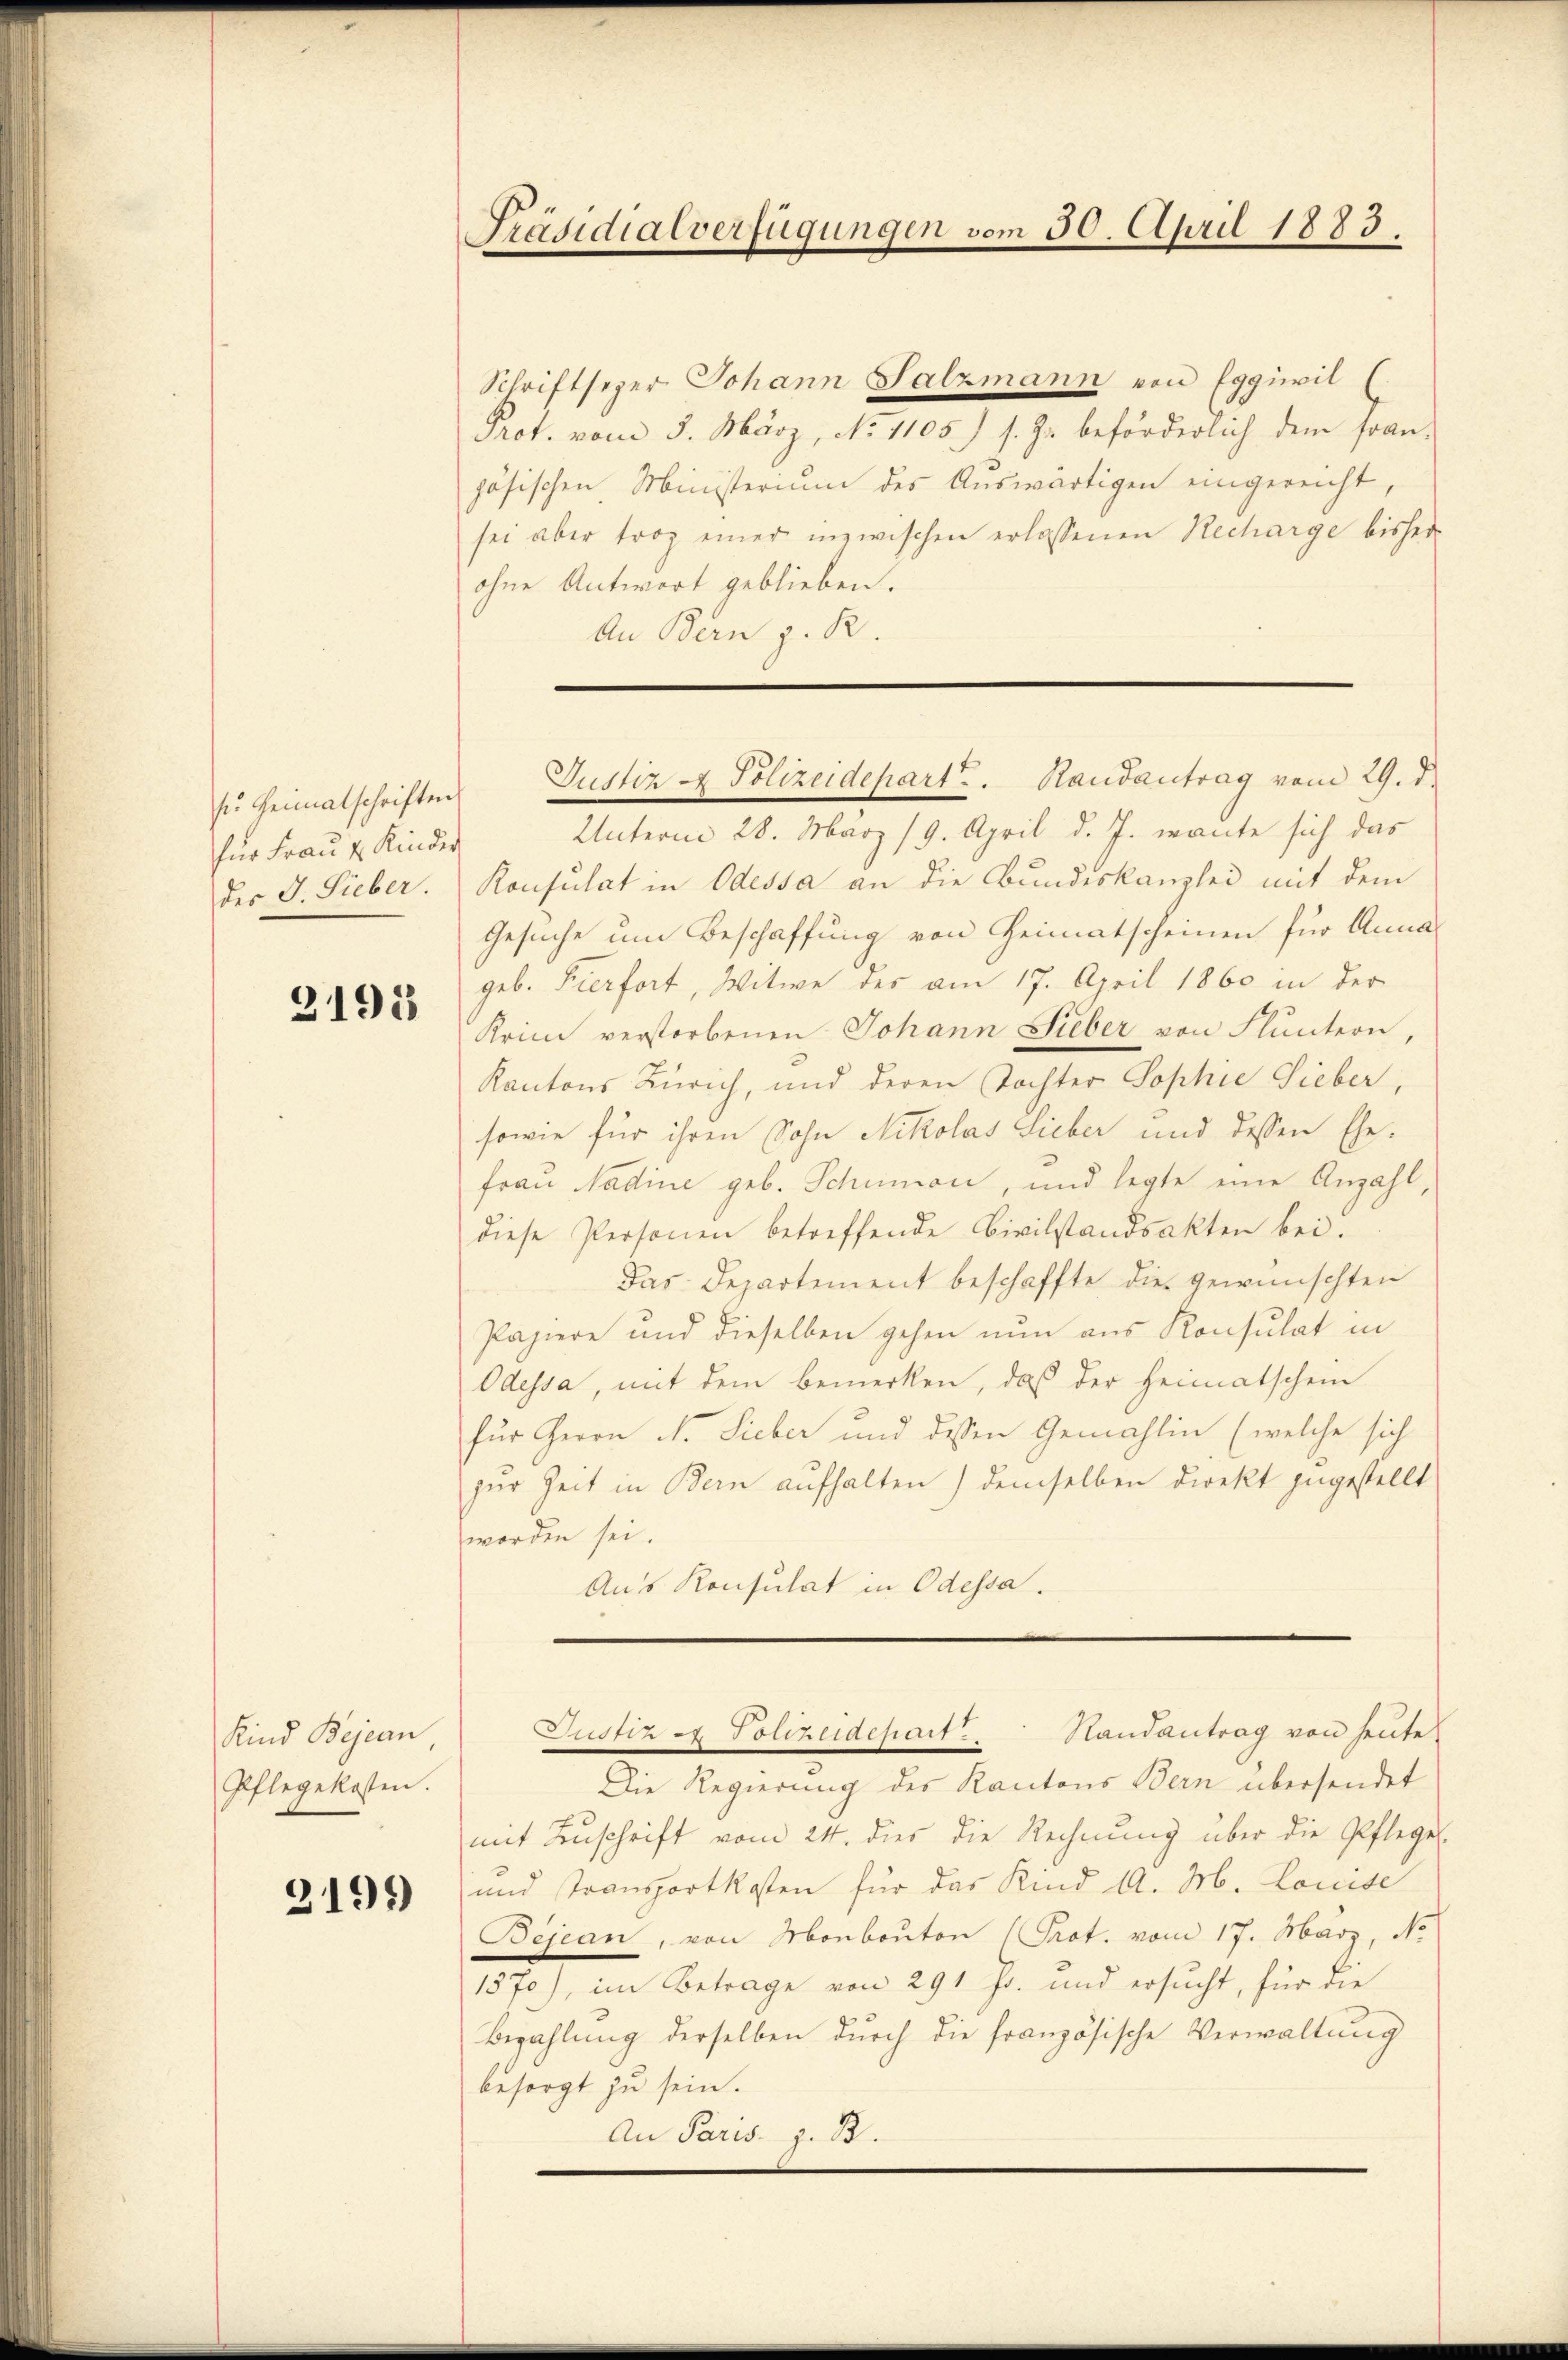
für Frau u. Kinder

3191

Kind Bejean,
Pflegekosten.

3191)

Schriftseper Johann Salzmann von Eggiil (
Prof. vom 5. März, No 1105) s. Z. beförderlich dem fran-
zösischen Ministerium des Auswärtigen eingereicht,
sei aber trag einer inzwischen erlassenen Recharge bisher
ohne Antwort geblieben.
An Bern z. R.

Präsidialverfügungen vom 30. April 1883.

sir Heimatschriften Justiz & Polizeidepart. Randantrag vom 29. d.

Unterm 28. März (9. April d. J. wante sich das
des J. Sieber. Konsulat in Odessa an die Bundeskanzlei mit dem
Gesuche um Beschaffung von Heimatscheinen für Annageb. Hierfort, Witwe des am 17. April 1860 in der
Krin verstorbenen Johann Sieber von Fluntern,
Kantons Zürich, und deren Tochter Sophie Lieber,
sowie für ihren Sohn Nikolas Lieber und dessen Ehe-
Frau Nadine geb. Schuman, und legte eine Anzahl,
diese Personen betreffende Civilstandsakten bei.
Das Departement beschaffte die gewünschten
Papiere und dieselben gehen nun aus Konsulat in
Odessa, mit dem bemerken, daß der Heimatschein
für Herrn N. Sieber und dessen Gemahlin (welche sich
zur Zeit in Bern aufhalten) demselben direkt zugestellt
worden sei.
Aus Konsulat in Odessa.

Die Regierung des Kantons Bern übersendet
mit Zuschrift vom 24. dies die Rechnung über die Pflegel-
und Transportkosten für das Kind 10. M. Louise
Bejean, von Monbonton (Prot. vom 17. März, No
1570), im Betrage von 291 Js. und ersucht, für die
Bezahlung derselben durch die französische Verwaltung
besorgt zu sein.
An Paris. z. B.

Justiz - Polizeidepart . . Handantrag von heute